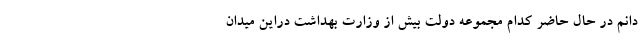
دانم در حال حاضر کدام مجموعه دولت بیش از وزارت بهداشت دراین میدان